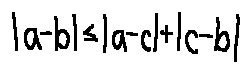
| a - b | \leq | a - c | + | c - b |